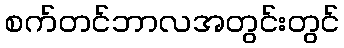
စက်တင်ဘာလအတွင်းတွင်